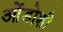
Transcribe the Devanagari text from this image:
ओंडोशी